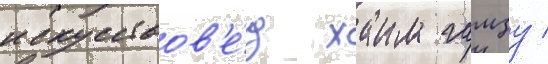
искусствов'е́д хаим гамзу /